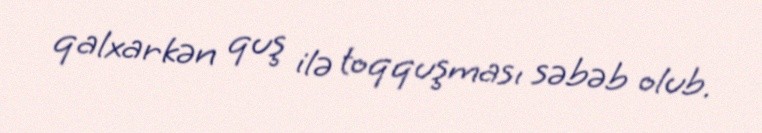
qalxarkən quş ilə toqquşması səbəb olub.